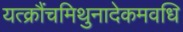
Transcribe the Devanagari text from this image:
यत्क्रौंचमिथुनादेकमवधि